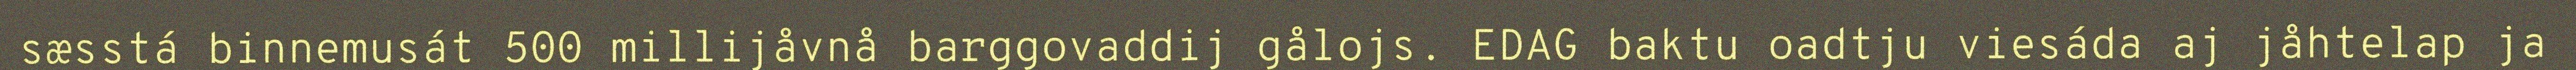
sæsstá binnemusát 500 millijåvnå barggovaddij gålojs. EDAG baktu oadtju viesáda aj jåhtelap ja